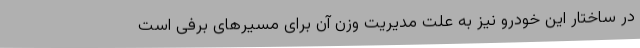
در ساختار این خودرو نیز به علت مدیریت وزن آن برای مسیرهای برفی است